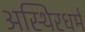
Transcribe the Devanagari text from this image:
अस्थिरधर्म